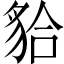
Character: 𧳇